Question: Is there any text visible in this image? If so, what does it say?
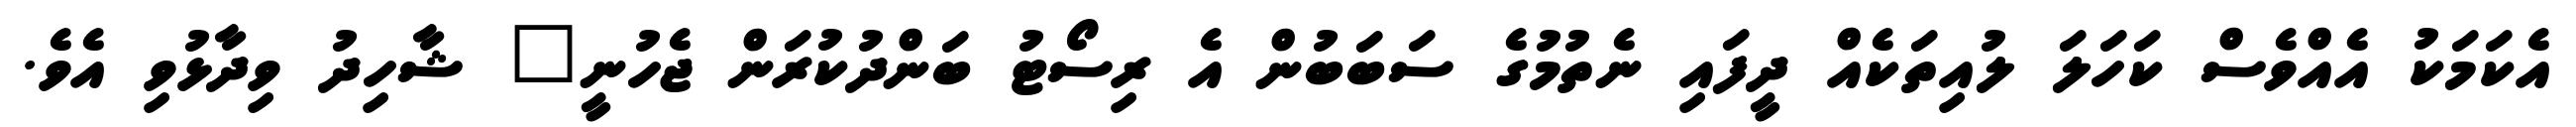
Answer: އެކަމަކު އެއްވެސް ކަހަލަ ލުއިތަކެއް ދީފައި ނެތުމުގެ ސަބަބުން އެ ރިސޯޓު ބަންދުކުރަން ޖެހުނީ" ޝާހިދު ވިދާޅުވި އެވެ.